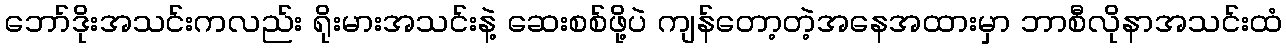
ဘော်ဒိုးအသင်းကလည်း ရိုးမားအသင်းနဲ့ ဆေးစစ်ဖို့ပဲ ကျန်တော့တဲ့အနေအထားမှာ ဘာစီလိုနာအသင်းထံ